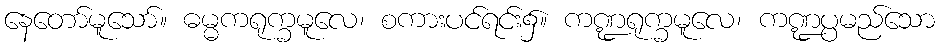
နေတော်မူသော်။ ဓမ္မကရုက္ခမူလေ၊ စကားပင်ရင်း၌။ ကဏ္ဍရုက္ခမူလေ၊ ကဏ္ဍပ္ပမည်သော